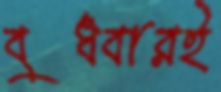
বুধবারই